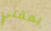
بعقلي